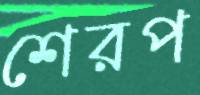
শেরপ